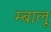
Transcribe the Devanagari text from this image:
म्बालू